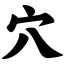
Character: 穴